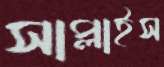
সাপ্লাইস